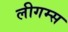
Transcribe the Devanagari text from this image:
लीगम्स